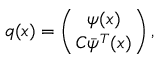
q ( x ) = \left( { \psi ( x ) \atop C \bar { \psi } ^ { T } ( x ) } \right) ,